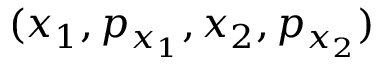
( x _ { 1 } , p _ { x _ { 1 } } , x _ { 2 } , p _ { x _ { 2 } } )